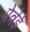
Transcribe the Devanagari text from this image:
पेत्रेई